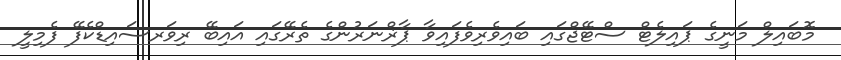
މޮބައިލް މަނީގެ ޕައިލެޓް ސްޓޭޖްގައި ބައިވެރިވެފައިވާ ޕާޜްނަރުންގެ ތެރޭގައި އައިބޭ ރިވަރސައިޑްކެފޭ ފެމިލީ